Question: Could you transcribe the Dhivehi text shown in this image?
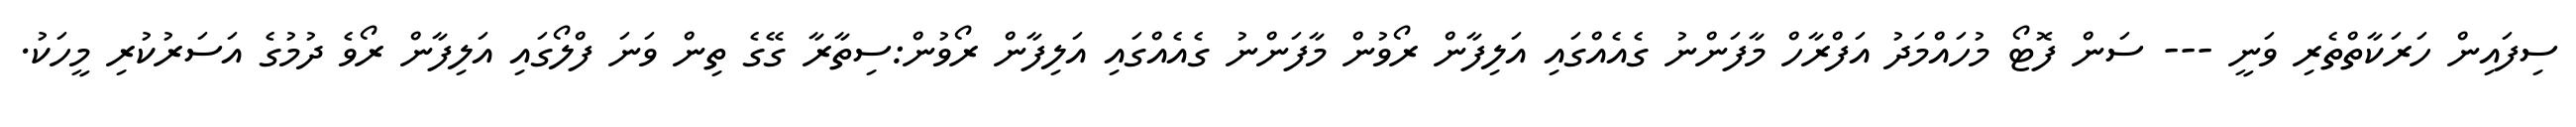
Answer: ސިފައިން ހަރަކާތްތެރި ވަނީ --- ސަން ފޮޓޯ މުހައްމަދު އަފްރާހް މާފަންނު ގެއެއްގައި އަލިފާން ރޯވުން މާފަންނު ގެއެއްގައި އަލިފާން ރޯވުން:ސިތާރާ ގޭގެ ތިން ވަނަ ފްލޯގައި އަލިފާން ރޯވެ ދުމުގެ އަސަރުކުރި މީހަކު.